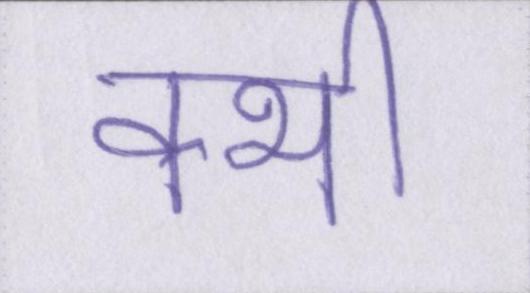
क्भी